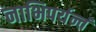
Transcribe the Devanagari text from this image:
नाभिपर्यन्तं